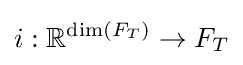
i:\mathbb {R} ^{\dim(F_{T})}\to F_{T}